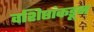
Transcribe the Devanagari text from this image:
वशिष्ठांकडून